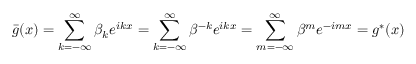
\bar { g } ( x ) = \sum _ { k = - \infty } ^ { \infty } \beta _ { k } e ^ { i k x } = \sum _ { k = - \infty } ^ { \infty } \beta ^ { - k } e ^ { i k x } = \sum _ { m = - \infty } ^ { \infty } \beta ^ { m } e ^ { - i m x } = g ^ { * } ( x )